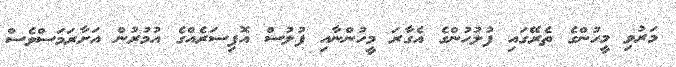
މަރުވި މީހުންގެ ތެރޭގައި ފުލުހުންގެ އެގާރަ މީހުންނާއި ފުލުސް އޮފިސަރެއްގެ އުމުރުން އަށާރަމަސްވެސް